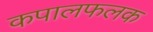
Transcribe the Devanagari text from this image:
कपालफलक